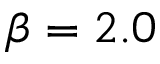
\beta = 2 . 0